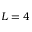
L = 4